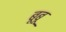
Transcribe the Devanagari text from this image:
बूबू